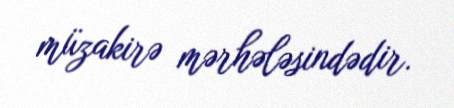
müzakirə mərhələsindədir.